Madras plague regulations and rules for the inspection of inward and outward bound vessels - Volume 2
Disease focus: Plague
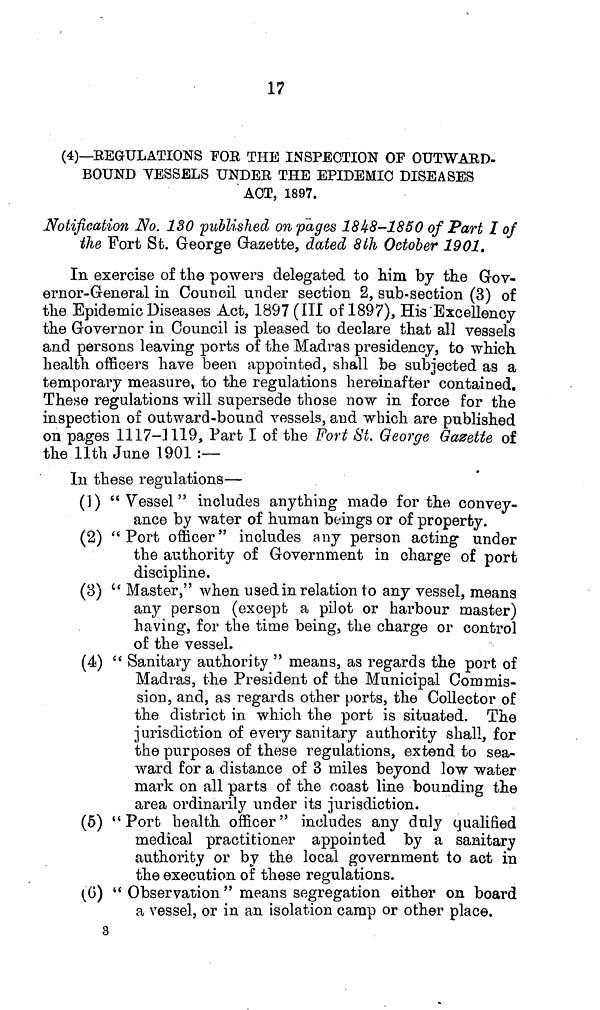
17
(4)—BEGULATIONS FOR THE INSPECTION OF OUTWARD-
BOUND VESSELS UNDER THE EPIDEMIC DISEASES
ACT, 1897.
Notification No. 130 published on pages 1848-1850 of Part I of
the Fort St. George Gazette, dated 8th October 1901.
In exercise of the powers delegated to him by the Gov-
ernor-General in Council under section 2, sub-section (3) of
the Epidemic Diseases Act, 1897(111 of 1897), His Excellency
the Governor in Council is pleased to declare that all vessels
and persons leaving ports of the Madras presidency, to which
health officers have been appointed, shall be subjected as a
temporary measure, to the regulations hereinafter contained.
These regulations will supersede those now in force for the
inspection of outward-bound vessels, and which are published
on pages 1117-1119, Part I of the Fort St. George Gazette of
the llth June 1901 :—
In these regulations—
(1) "Vessel" includes anything made for the convey-
ance by water of human beings or of property.
(2) " Port officer" includes any person acting under
the authority of Government in charge of port
discipline.
(3) " Master," when used in relation to any vessel, means
any person (except a pilot or harbour master)
having, for the time being, the charge or control
of the vessel.
(4) " Sanitary authority " means, as regards the port of
Madras, the President of the Municipal Commis-
sion, and, as regards other ports, the Collector of
the district in which the port is situated. The
jurisdiction of every sanitary authority shall, for
the purposes of these regulations, extend to sea-
ward for a distance of 3 miles beyond low water
mark on all parts of the coast line bounding the
area ordinarily under its jurisdiction.
(5) "Port health officer" includes any duly qualified
medical practitioner appointed by a sanitary
authority or by the local government to act in
the execution of these regulations.
(6) " Observation " means segregation either on board
a vessel, or in an isolation camp or other place.
3